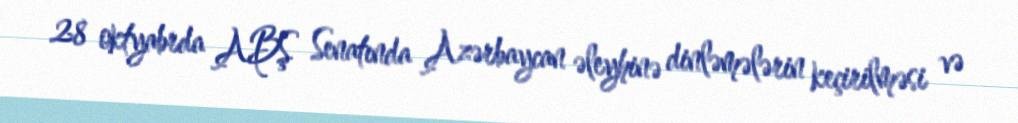
28 oktyabrda ABŞ Senatında Azərbaycan əleyhinə dinləmələrin keçirilməsi və